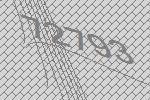
72793